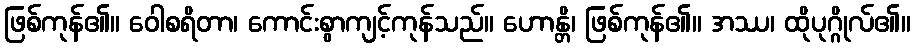
ဖြစ်ကုန်၏။ ဝေါစရိတာ၊ ကောင်းစွာကျင့်ကုန်သည်။ ဟောန္တိ၊ ဖြစ်ကုန်၏။ အဿ၊ ထိုပုဂ္ဂိုလ်၏။